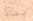
لماذا